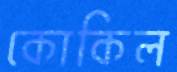
কোকিল